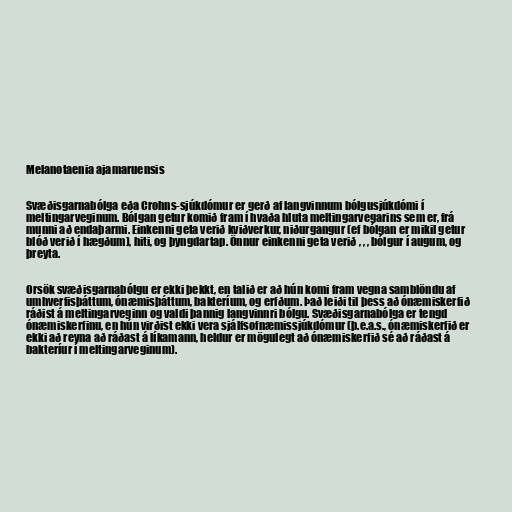
Melanotaenia ajamaruensis

Svæðisgarnabólga eða Crohns-sjúkdómur er gerð af langvinnum bólgusjúkdómi í
meltingarveginum. Bólgan getur komið fram í hvaða hluta meltingarvegarins sem er, frá
munni að endaþarmi. Einkenni geta verið kviðverkur, niðurgangur (ef bólgan er mikil getur
blóð verið í hægðum), hiti, og þyngdartap. Önnur einkenni geta verið , , , bólgur í augum, og
þreyta.

Orsök svæðisgarnabólgu er ekki þekkt, en talið er að hún komi fram vegna samblöndu af
umhverfisþáttum, ónæmisþáttum, bakteríum, og erfðum. Það leiði til þess að ónæmiskerfið
ráðist á meltingarveginn og valdi þannig langvinnri bólgu. Svæðisgarnabólga er tengd
ónæmiskerfinu, en hún virðist ekki vera sjálfsofnæmissjúkdómur (þ.e.a.s., ónæmiskerfið er
ekki að reyna að ráðast á líkamann, heldur er mögulegt að ónæmiskerfið sé að ráðast á
bakteríur í meltingarveginum).